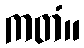
ကတံ။